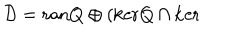
\mathcal { D } = \mathrm { r a n } Q \oplus ( \mathrm { k e r } Q \cap \mathrm { k e r }